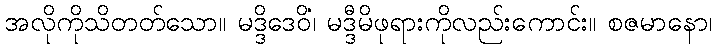
အလိုကိုသိတတ်သော။ မဒ္ဒိဒေဝိံ၊ မဒ္ဒီမိဖုရားကိုလည်းကောင်း။ စဇမာနော၊